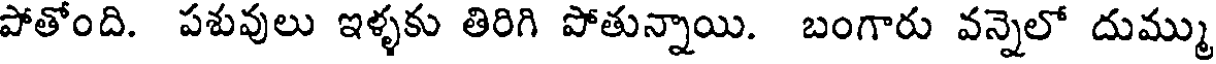
పోతోంది. పశువులు ఇళ్ళకు తిరిగి పోతున్నాయి. బంగారు వన్నెలో దుమ్ము